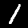
Digit: 1